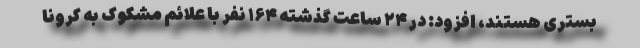
بستری هستند، افزود: در ۲۴ ساعت گذشته ۱۶۴ نفر با علائم مشکوک به کرونا